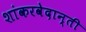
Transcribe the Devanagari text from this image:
शांकरवेदान्ती